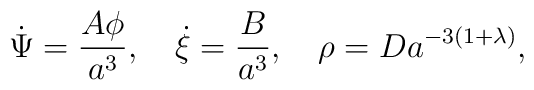
\dot\Psi = \frac{A\phi}{a^3}, \quad \dot\xi = \frac{B}{a^3}, \quad\rho = D a^{- 3(1 + \lambda)},